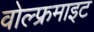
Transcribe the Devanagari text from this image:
वोल्फ्रमाइट